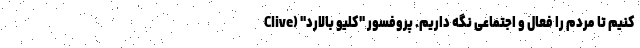
کنیم تا مردم را فعال و اجتماعی نگه داریم. پروفسور "کلیو بالارد" (Clive